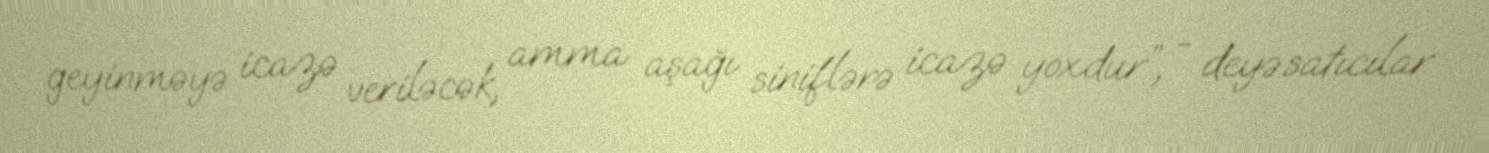
geyinməyə icazə veriləcək, amma aşağı siniflərə icazə yoxdur”, - deyə satıcılar